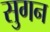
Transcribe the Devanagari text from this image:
सुगन